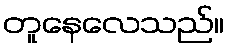
တူနေလေသည်။